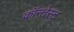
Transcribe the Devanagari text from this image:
कॉन्तेस्ट